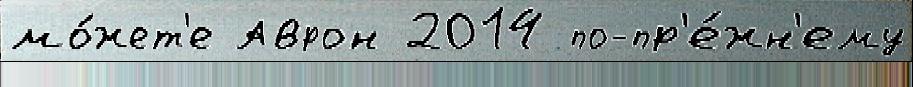
мо́жет'е Аврон 2014 по-пр'е́жн'ему